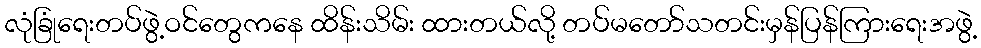
လုံခြုံရေးတပ်ဖွဲ့ဝင်တွေကနေ ထိန်းသိမ်း ထားတယ်လို့ တပ်မတော်သတင်းမှန်ပြန်ကြားရေးအဖွဲ့